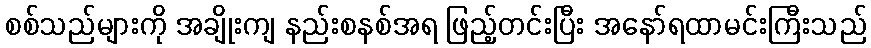
စစ်သည်များကို အချိုးကျ နည်းစနစ်အရ ဖြည့်တင်းပြီး အနော်ရထာမင်းကြီးသည်